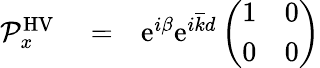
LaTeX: \begin{array}{rlr}{{\mathcal P}_{x}^{\mathrm{HV}}}&{{}=}&{\mathrm{e}^{i\beta}\mathrm{e}^{i\overline{{k}}d}\left(\begin{array}{cc}{1}&{0}\\ {0}&{0}\end{array}\right)}\end{array}